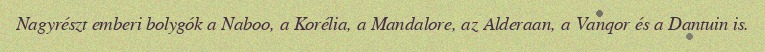
Nagyrészt emberi bolygók a Naboo, a Korélia, a Mandalore, az Alderaan, a Vanqor és a Dantuin is.